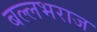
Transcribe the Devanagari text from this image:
बल्लभराज